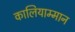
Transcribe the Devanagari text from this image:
कालियाम्मान